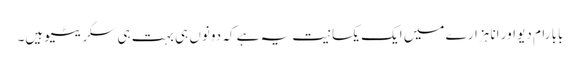
بابا رام دیو اور انا ہزارے میں ایک یکسانیت یہ ہے کہ دونوں ہی بہت ہی سکریٹیو ہیں۔